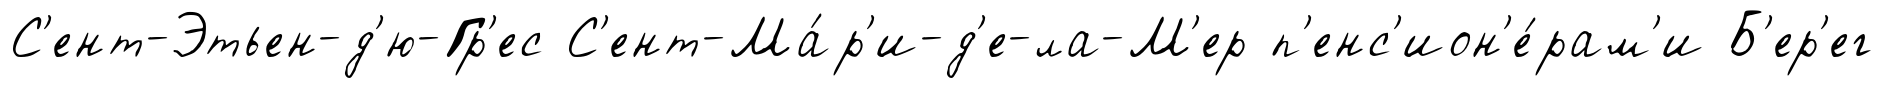
С'ент-Этьен-д'ю-Гр'ес С'ент-Ма́р'и-д'е-ла-М'ер п'енс'ион'е́рам'и Б'ер'ег